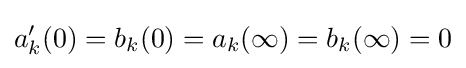
a_{k}'(0)=b_{k}(0)=a_{k}(\infty )=b_{k}(\infty )=0